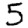
Digit: 5